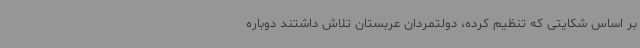
بر اساس شکایتی که تنظیم کرده، دولتمردان عربستان تلاش داشتند دوباره